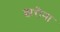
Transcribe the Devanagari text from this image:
झरीना